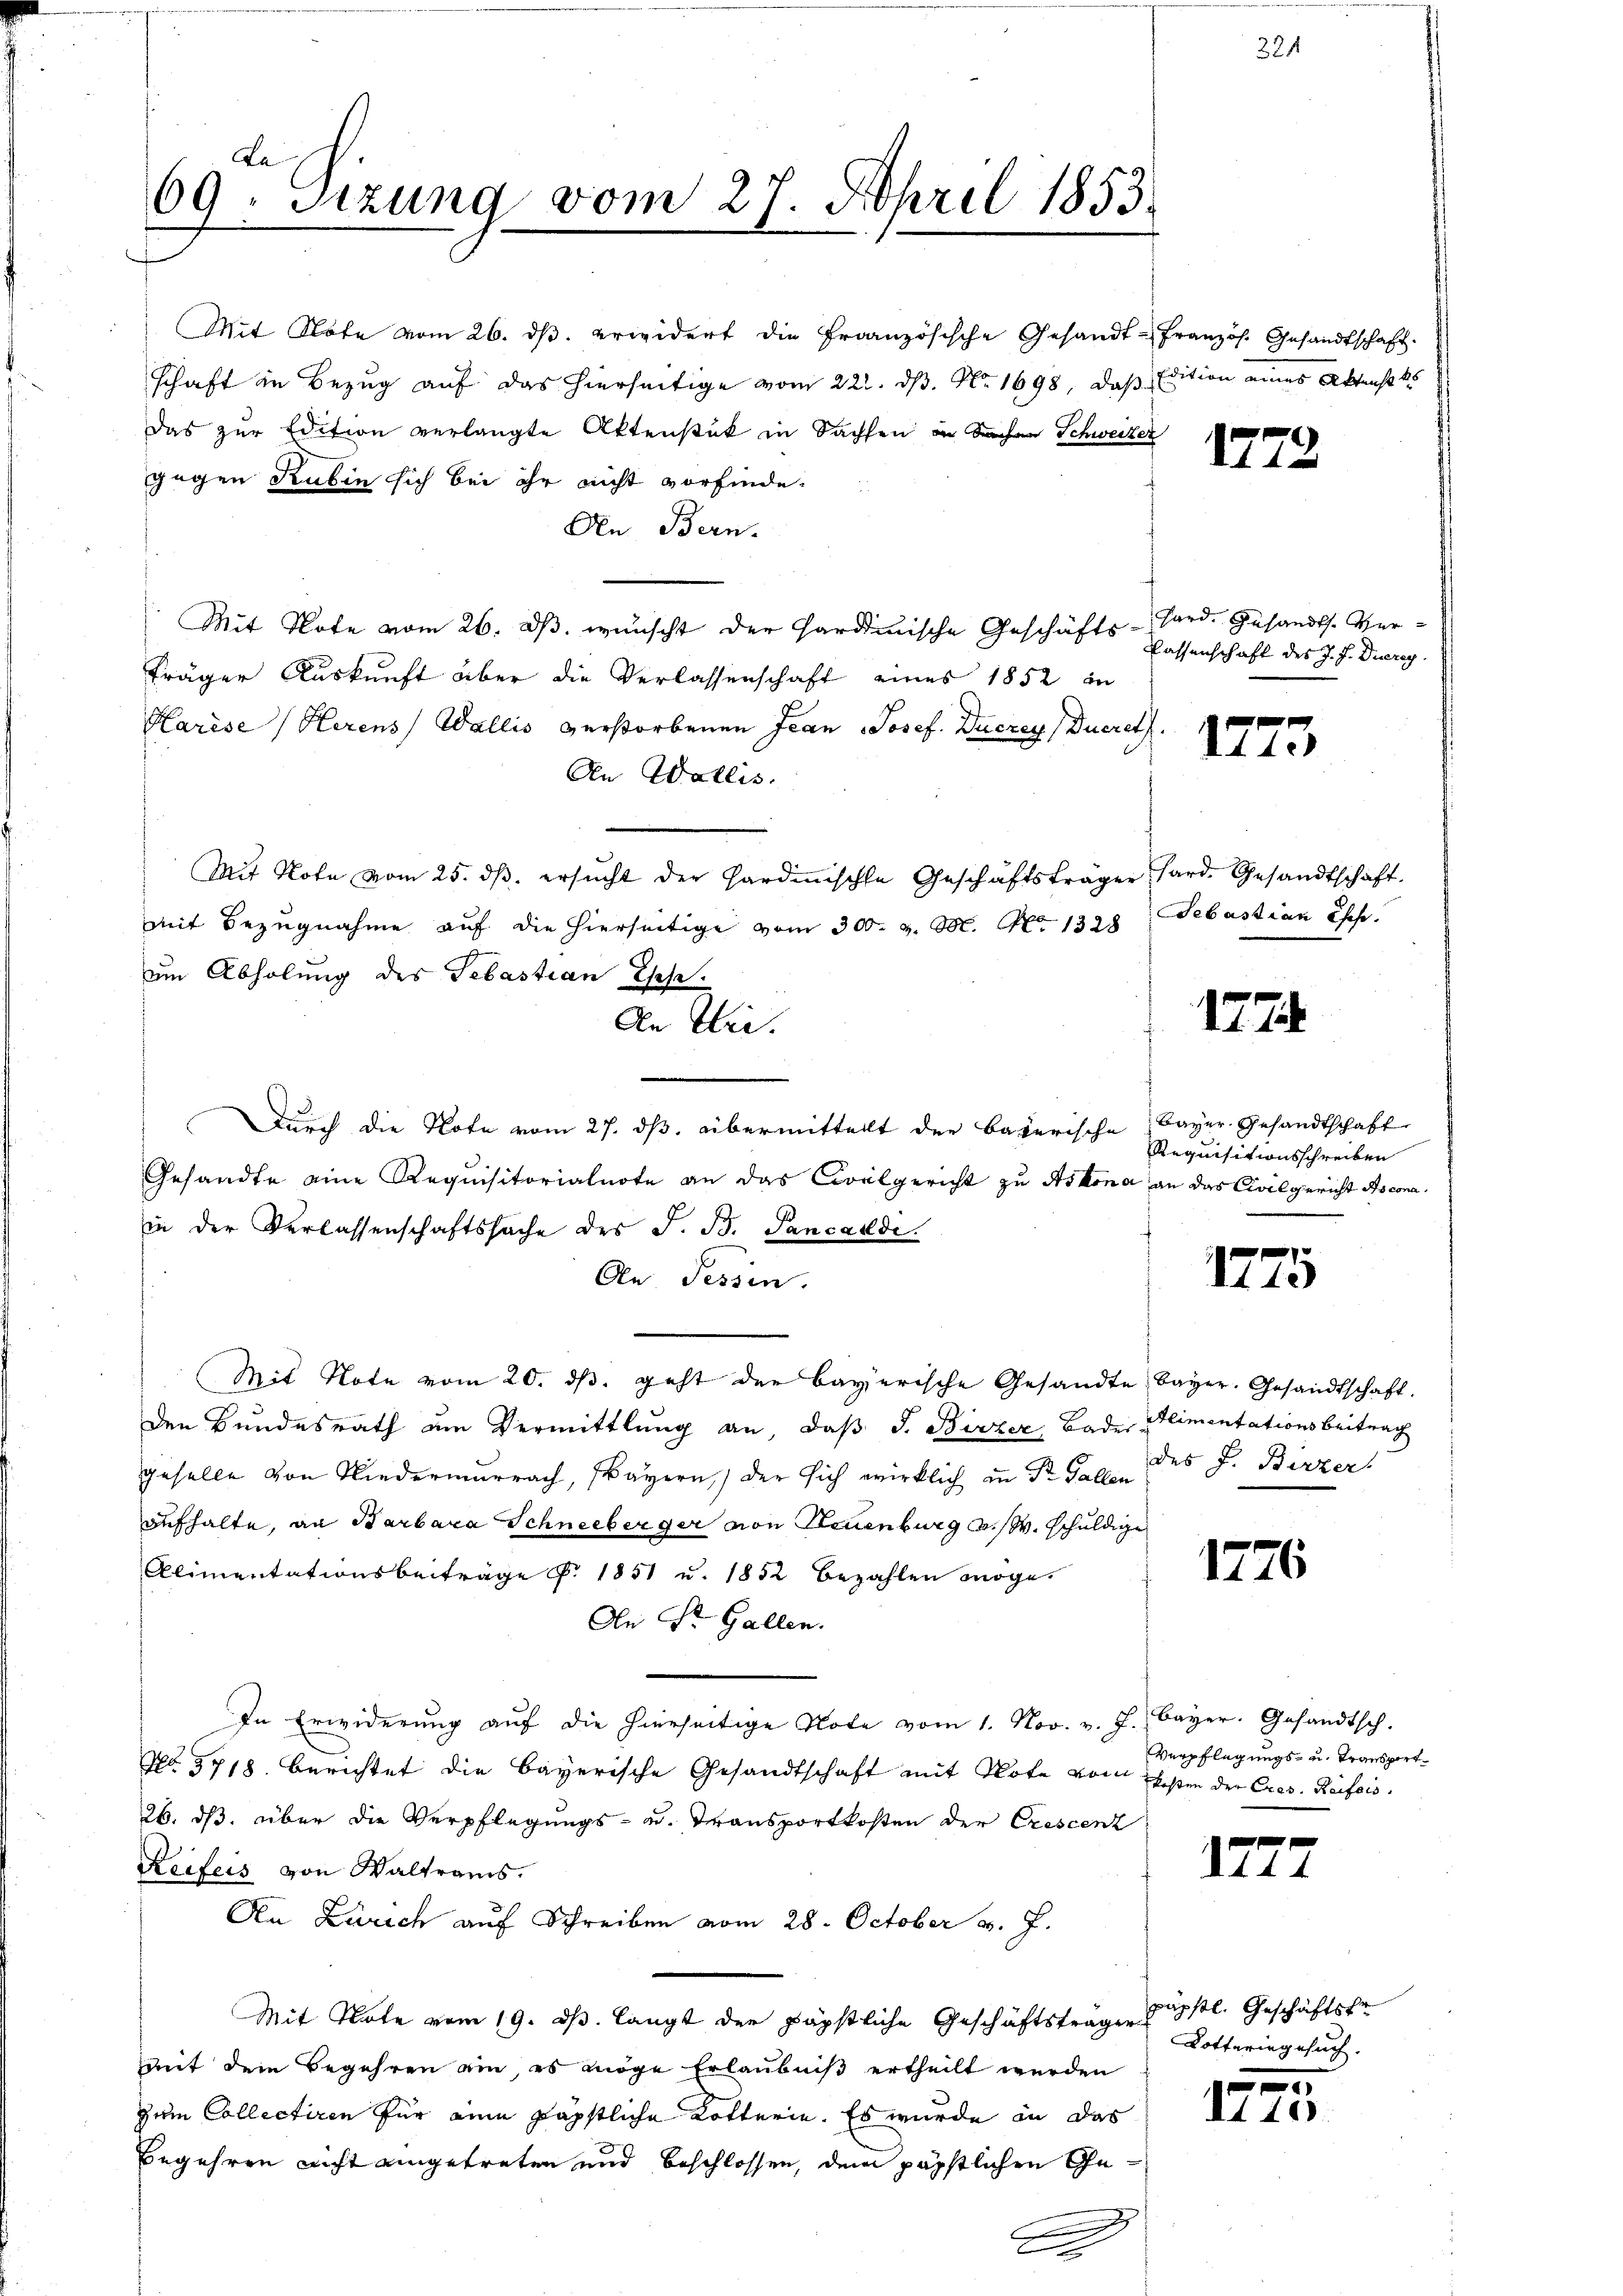
Mit Note vom 26. ds. erwidert die Französische Gesandt-
schaft in Bezug auf das hierseitige vom 22. ds. No. 1698, daß
Das zur Edition verlangte Aktenstück in Sachsen in Sachen Schweizer
gegen Rubin sich bei ihr nicht vorfinde.
An Bern.
Mit Note vom 26. dβ. wünscht der Hardinische Geschäfts-Gard. Gesandts. Verträger Auskunft aber die Verlassenschaft eines 1852 in
Harise (Herens Wallis verstorbenen Jean Josef. Duczey Ducret
An Wallis.
Mit Note vom 25. dβ. ersŭcht der Hardinische Geschäftsträger hard. Gesandtschaft.
mit Bezugnahme auf die hierseitige vom 300. v. M. No 1328
um Abholung des Sebastian Esche.
Durch die Note vom 27. ds. übermittelt der Bayerische
Gesandte eine Requisitorialnote an das Civilgericht zu Askona an das Civilgericht Asconain der Verlassenschaftssache des J. B. Sancardi.
An Tessin.
Mit Note vom 20. dβ. geht der bayerische Gesandte bayer. Gesandtschaft.
den Bundesrath am Vermittlung an, daß F. Birzer, Bader Alimentationsbeitrag
geselle von Niedermarrach, Payern) der sich wirklich in Dr. Gallen
aufhalte, an Barbara Schneeberger von Neuenburg u. schuldige
Alimentationsbeiträge §. 1851 u. 1852 bezahlen möge
An St. Gallen.
In Erwiderŭng aŭf die hierseitige Note vom 1. Nov. v. J. Bayer. Gesandtsch.
No. 5718. berichtet die bayerische Gesandtschaft mit Note vom Gesten der Cres. Reifeis
26. ds. über die Verpflegungs- u. Transportkosten der Crescenz
Reifeis von Waltrams.
An Zürich auf Schreiben vom 28. October v. J.
Mit Note vom 19. ds. langt der päpstliche Geschäftsträge distl. Geschäftste
mit dem Begehren ein, es möge Erlaubniß ertheilt werden
zum Collectiren für eine päpstliche Kotterie. Es wurde in das
begehren nicht eingetreten und beschlossen, dem päpstlichen Ge¬
.

La
69. Sitzung vom 27. April 1853.

An Eri

2
x

33

Französ. Gesandtschaft.
Edition eines Aktenst es

1772

Lassenschaft des J. J. Dureg

1773

Sebastian Chef.

177

Bayer Gesandtschaft
Requisitionsschreiben

1775

des F. Berzer.

1776

Verpflegungs- u. Transport

177

24

7

Lotteringesuch.

4
II 10